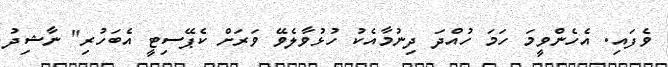
ވެފައި. އެހެންވީމަ ހަމަ ހުއްދަ ދިނުމާއެކު ހުޅުވާލެވޭ ވަރަށް ކެޕޭސިޓީ އެބަހުރި" ނާޝިދު